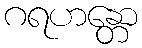
ဂရဟန္တော